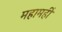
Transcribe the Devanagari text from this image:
महामहीं